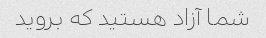
شما آزاد هستید که بروید